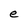
Character: e